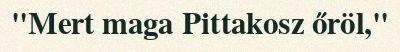
"Mert maga Pittakosz őröl,"